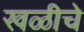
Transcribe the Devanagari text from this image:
खळीचे